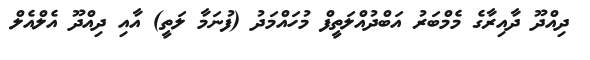
ދިއްދޫ ދާއިރާގެ މެމްބަރު އަބްދުއްލަތީފް މުހައްމަދު (ފުނަމާ ލަތީ) އާއި ދިއްދޫ އެލްއެލް